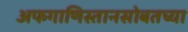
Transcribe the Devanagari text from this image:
अफगाणिस्तानसोबतच्या